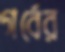
গর্বের